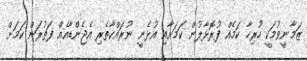
ޒަމާނީވުމަކީ ހުރިހާ ކަމެއް ފުރޮޅާލުން ކަމަށާއި އުޅެނީ ނުރައްކާތެރި އެޖެންޑާއެއް ފަތުރަން ކަމަށް